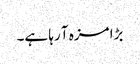
بڑا مزہ آ رہا ہے۔